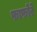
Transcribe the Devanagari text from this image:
फाफोरे